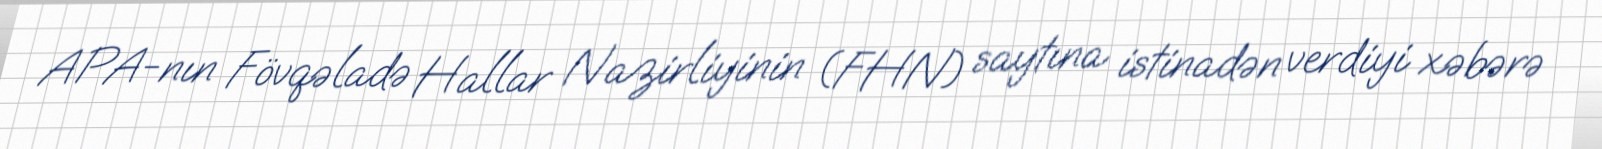
APA-nın Fövqəladə Hallar Nazirliyinin (FHN) saytına istinadən verdiyi xəbərə